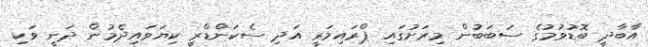
އާބާދީ ބޮޑުވުމުގެ ސަބަބުން މިރަށުގައި ޕްރައިމަރީ އަދި ސެކަންޑްރީ ކިޔަވައިދެމުން ދަނީ ވަކި